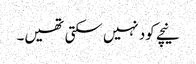
نیچے کود نہیں سکتی تھیں۔